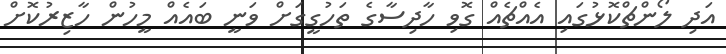
އަދި ލޯންޗްކޮޅުގައި އެެއްޗެއް ގޮވި ހާދިސާގެ ތަހުގީގަށް ވަނީ ބައެއް މީހުން ހާޒިރުކޮށް